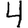
Digit: 4